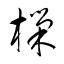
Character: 樔